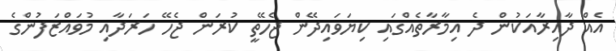
އެއް ދާއިރާއަކުން ދެ އިމާރާތެއްގައި ކިޔަވައިދޭން ޖެހޭތީ ކުރަން ޖެހޭ ހަރަދާއި މުވައްޒަފުންގެ